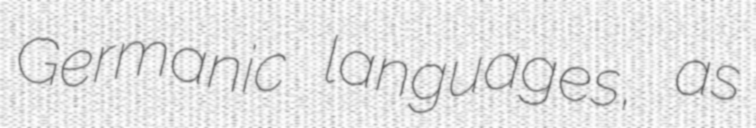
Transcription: Germanic languages, as